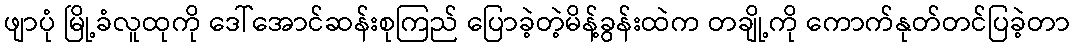
ဖျာပုံ မြို့ခံလူထုကို ဒေါ်အောင်ဆန်းစုကြည် ပြောခဲ့တဲ့မိန့်ခွန်းထဲက တချို့ကို ကောက်နုတ်တင်ပြခဲ့တာ